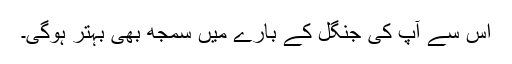
اس سے آپ کی جنگل کے بارے میں سمجھ بھی بہتر ہوگی۔